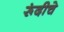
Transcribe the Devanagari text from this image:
रूंदीचे